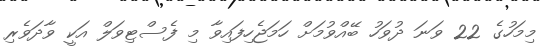
މިމަހުގެ 22 ވަނަ ދުވަހު ބޭއްވުމަށް ހަމަޖެހިފައިވާ މި ފެސްޓިވަލް އަކީ ވާދަވެރި